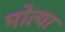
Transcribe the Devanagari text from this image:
मोत्या